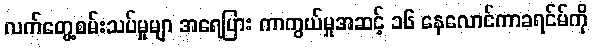
လက်တွေ့စမ်းသပ်မှုမျာ အရေပြား ကာကွယ်မှုအဆင့် ၁၆ နေလောင်ကာခရင်မ်ကို